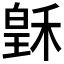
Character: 𥠟